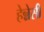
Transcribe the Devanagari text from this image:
हेन्नेसी